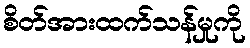
စိတ်အားထက်သန်မှုကို